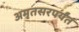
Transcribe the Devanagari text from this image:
अमृतसरपर्यंत